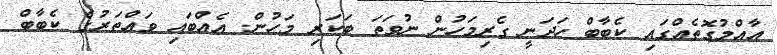
އާއްމުގޮތެއްގައި ކެބާބް ހަދަނީ ގެރިމަހުން ނުވަތަ ބަކަރި މަހުން. އެއްބައި ވައްތަރުގެ ކެބާބް